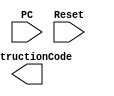
`timescale 1ns / 1ps
//////////////////////////////////////////////////////////////////////////////////
// Company: 
// Engineer: 
// 
// Design Name: 
// Module Name:    processor 
// Project Name: 
// Target Devices: 
// Tool versions: 
// Description: 
//
// Dependencies: 
//
// Revision: 
// Revision 0.01 - File Created
// Additional Comments: 
//
//////////////////////////////////////////////////////////////////////////////////
module processor(
    input [31:0] PC,
    input Reset,
    output [31:0] InstructionCode
    );


endmodule